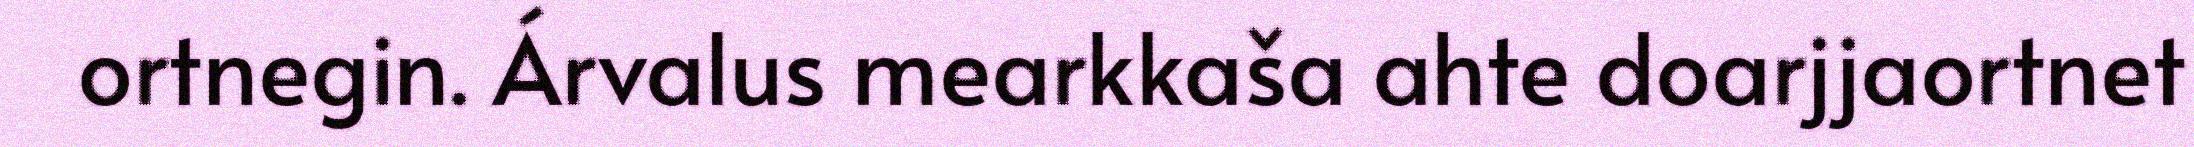
ortnegin. Árvalus mearkkaša ahte doarjjaortnet